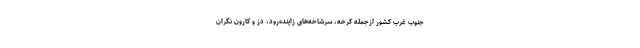
جنوب غرب کشور ازجمله کرخه، سرشاخه‌های زاینده‌رود، دز و کارون نگران